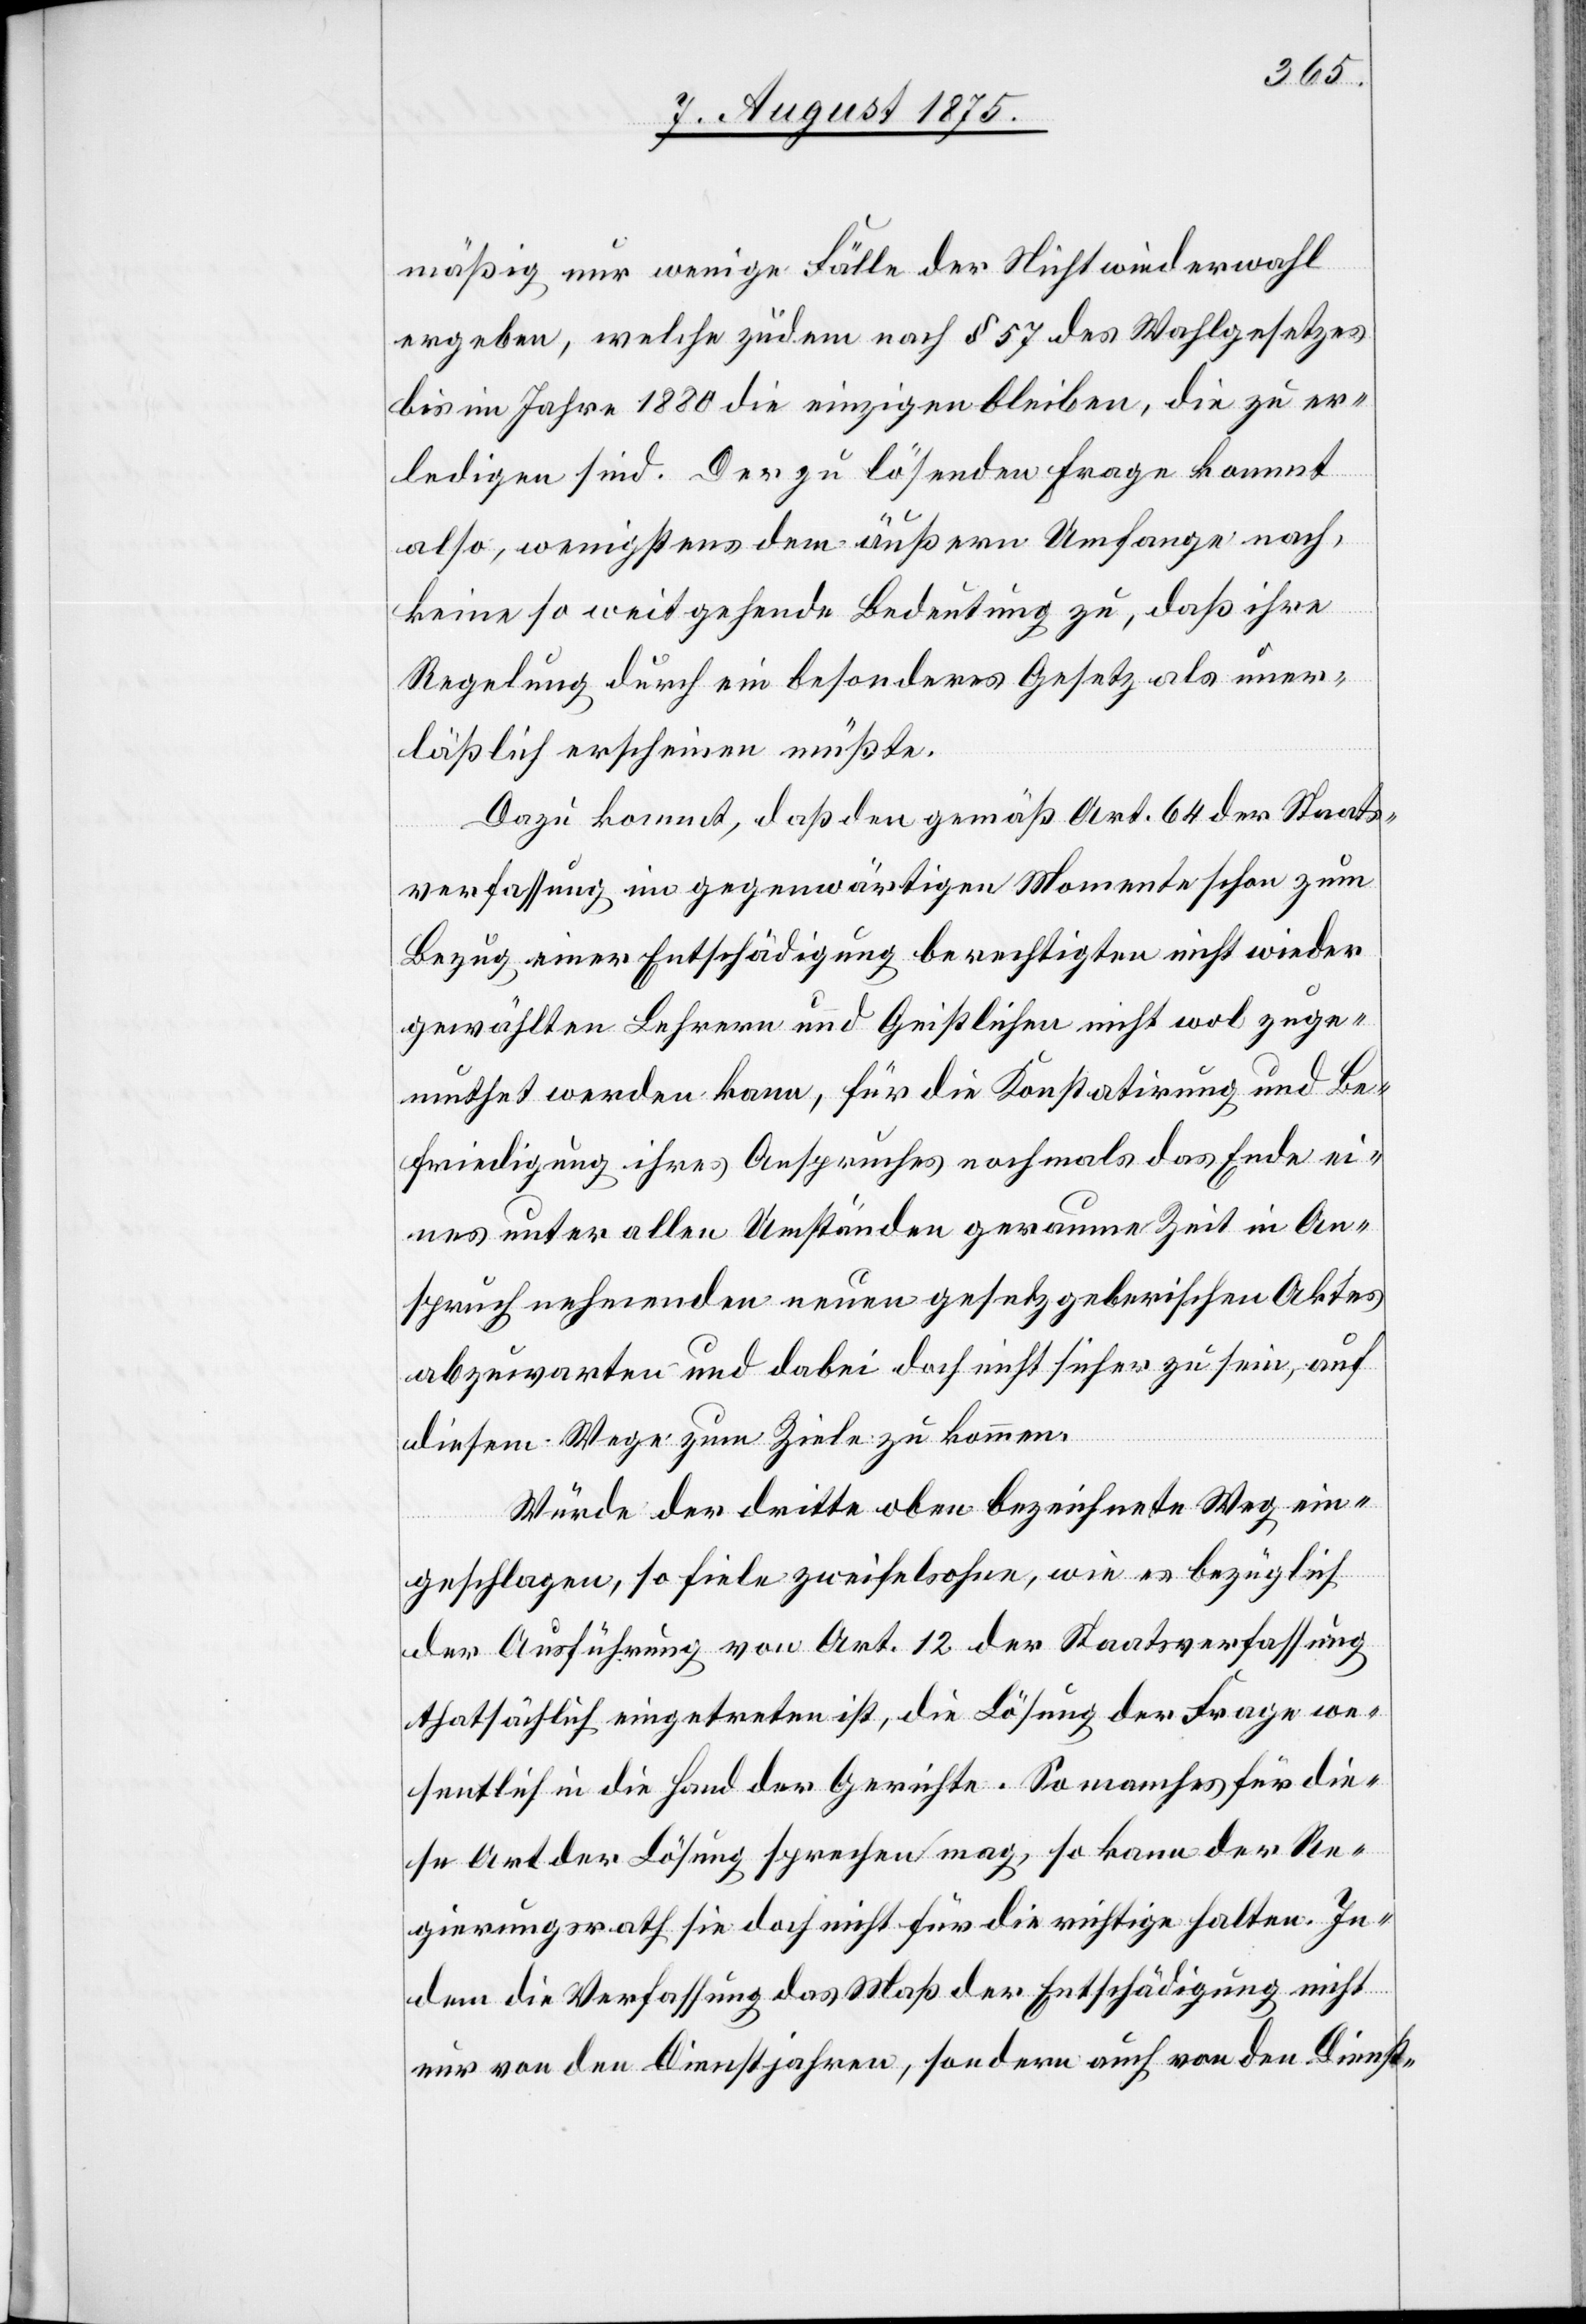
mässig nur wenige Fälle der Nichtwiederwahl
ergeben, welche zudem nach § 57 des Wahlgesetzes
bis im Jahre 1880 die einzigen bleiben, die zu er¬
ledigen sind. Der zu lösenden Frage kommt
also, wenigsten dem äußern Umfange nach,
keine so weitgehende Bedeutung zu, daß ihre
Regelung durch ein besonderes Gesetz als uner¬
läßlich erscheinen müßte.
Dazu kommt, daß den gemäß Art. 64 der Staats¬
verfassung im gegenwärtigen Momente schon zum
Bezug einer Entschädigung berechtigen nicht wieder
gewählten Lehrern und Geistlichen nicht wol zuge¬
muthet werden kann, für die Konstatirung und Be¬
friedigung ihres Anspruches nochmals das Ende ei¬
nes unter allen Umständen geraume Zeit in An¬
spruch nehmen den neuen gesetzgeberischen Aktes
abzuwarten und dabei doch nicht sicher zu sein, auf
diesem Wege zum Ziele zu kommen.
Würde der dritte oben bezeichnete Weg ein¬
geschlagen, so fiele zweifelsohne, wie es bezüglich
der Ausführung von Art. 12 der Staatsverfassung
thatsächlich eingetreten ist, die Lösung der Frage we¬
sentlich in die Hand der Gerichte. So manches für die¬
se Art der Lösung sprechen mag, so kann der Re¬
gierungsrath sie doch nicht für die richtige halten. In¬
dem die Verfassung das Maß der Entschädigung nicht
nur von den Dienstjahren, sondern auch von den Dienst-